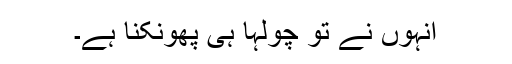
انہوں نے تو چولہا ہی پھونکنا ہے۔